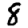
Digit: 8